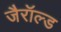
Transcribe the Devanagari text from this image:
जैरॉल्ड